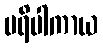
ပရိပါကာယ